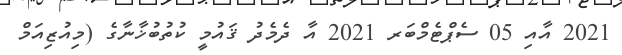
2021 އާއި 05 ސެޕްޓެމްބަރ 2021 އާ ދެމެދު ޤައުމީ ކުތުބުޚާނާގެ (މިއުޒިއަމް